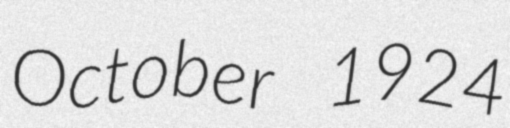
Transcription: October 1924